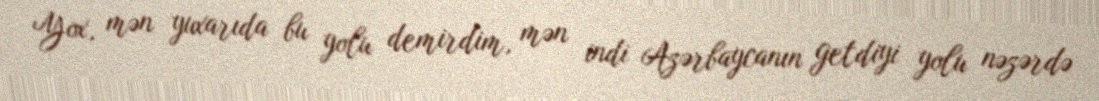
Yox, mən yuxarıda bu yolu demirdim, mən indi Azərbaycanın getdiyi yolu nəzərdə